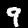
Digit: 9